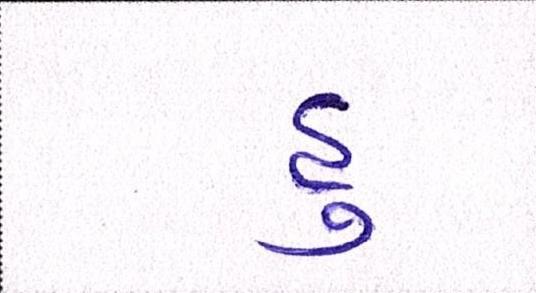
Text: હુ